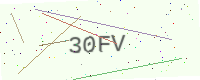
Text: 30FV